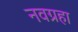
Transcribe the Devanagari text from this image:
नवग्रहा